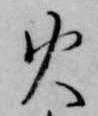
火